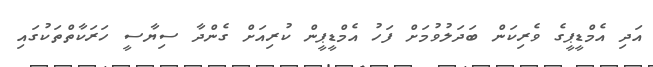
އަދި އެމްޑީޕީގެ ވެރިކަން ބަދަލުވުމަށް ފަހު އެމްޑީޕީން ކުރިއަށް ގެންދާ ސިޔާސީ ހަރަކާތްތަކުގައި